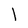
Character: 1